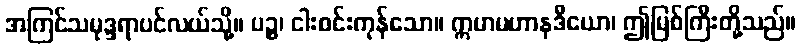
အကြင်သမုဒ္ဒရာပင်လယ်သို့။ ပဉ္စ၊ ငါးစင်းကုန်သော။ ဣမာမဟာနဒီယော၊ ဤမြစ်ကြီးတို့သည်။